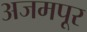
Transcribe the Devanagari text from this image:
अजमपूर